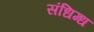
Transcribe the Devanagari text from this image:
संधिग्ध